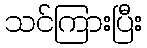
သင်ကြားပြီး